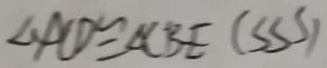
\angle A C D \cong \Delta C B E ( S S S )